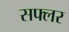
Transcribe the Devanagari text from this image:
सफ्लर